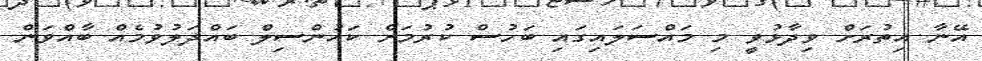
އޭނާ އިތުރަށް ވިދާޅުވީ މި މައްސަލައިގައި ބަހުސް ކުރުމަށް ކައުންސިލް ބައްދަލުވުމެއް ބާއްވަން